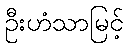
ဦးဟံသာမြင့်